Report on vaccination North-West Frontier Province 1904-1922 - 1904-1922
Year: 1904
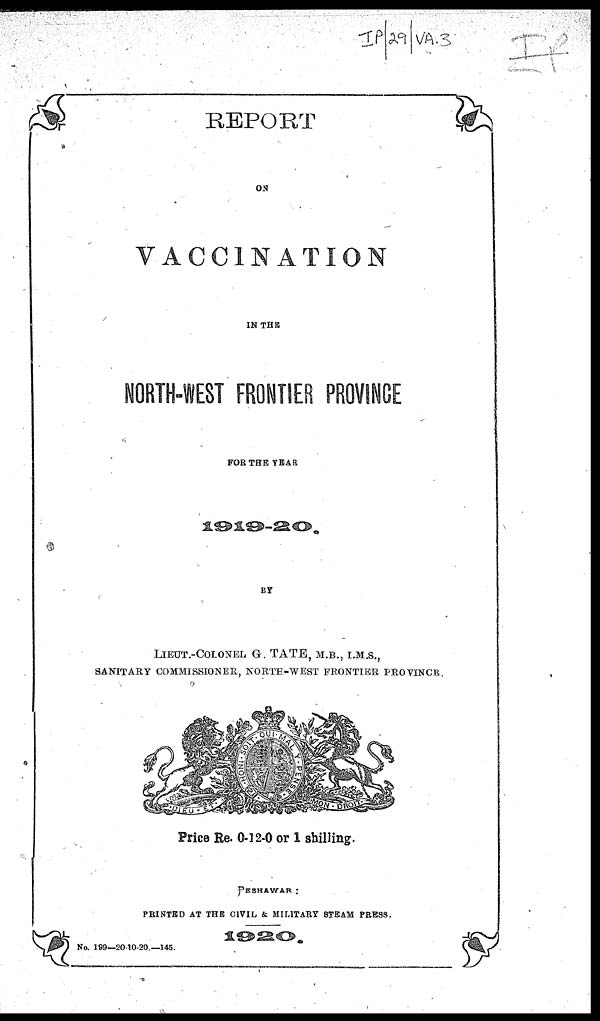
REPORT
ON
VACCINATION
IN THE
NORTH-WEST FRONTIER PROVINCE
FOR THE YEAR
BY
LIEUT.-COLONEL G. TATE, M.B., I.M.S.,
SANITARY COMMISSIONER, NORTH-WEST FRONTIER PROVINCE.
Price Re. 0-12-0 or 1 shilling.
PESHAWAR :
PRINTED AT THE CIVIL & MILITARY STEAM PRESS
1920.
No. 199—20-10-20.—145.